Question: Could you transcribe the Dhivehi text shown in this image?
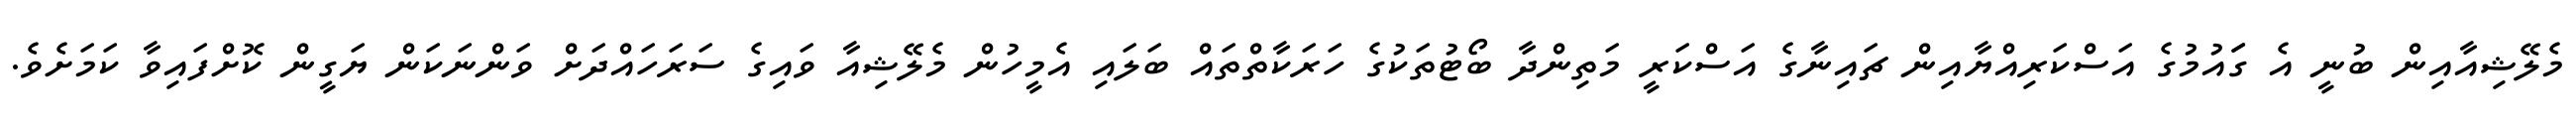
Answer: މެލޭޝިއާއިން ބުނީ އެ ގަައުމުގެ އަސްކަރިއްޔާއިން ޗައިނާގެ އަސްކަރީ މަތިންދާ ބޯޓުތަކުގެ ހަރަކާތްތައް ބަލައި އެމީހުން މެލޭޝިއާ ވައިގެ ސަރަހައްދަށް ވަންނަކަން ޔަގީން ކޮށްފައިވާ ކަމަށެވެ.